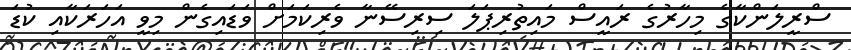
ސްރީލަންކާގެ މިހާރުގެ ރައީސް މައިތުރިޕަލަ ސިރިސޭނާ ވެރިކަމަށް ވަޑައިގެން މިވީ އަހަރަކާއި ކުޑަ